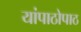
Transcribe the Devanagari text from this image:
यांपाठोपाठ